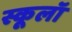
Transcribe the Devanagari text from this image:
स्कूलॉ